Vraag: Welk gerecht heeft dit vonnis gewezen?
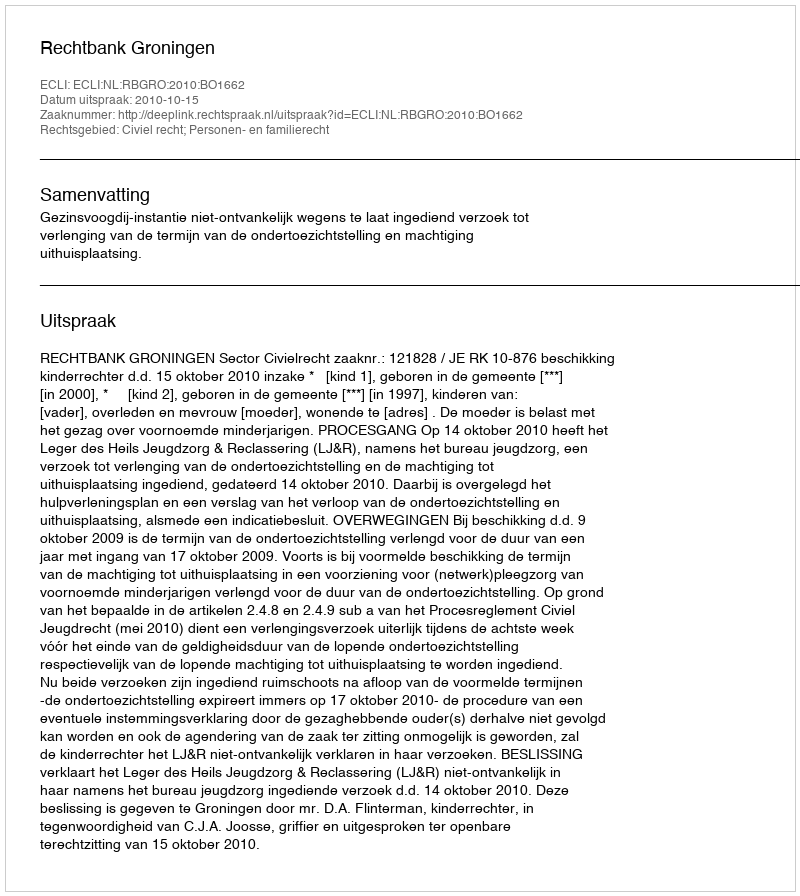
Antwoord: Rechtbank Groningen